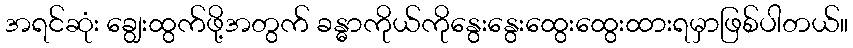
အရင်ဆုံး ချွေးထွက်ဖို့အတွက် ခန္ဓာကိုယ်ကိုနွေးနွေးထွေးထွေးထားရမှာဖြစ်ပါတယ်။